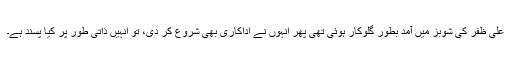
علی ظفر کی شوبز میں آمد بطور گلوکار ہوئی تھی پھر انہوں نے اداکاری بھی شروع کر دی، تو انہیں ذاتی طور پر کیا پسند ہے۔